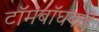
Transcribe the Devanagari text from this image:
टॉमबॉघकडे